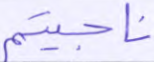
ناجيتم